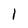
Character: 1